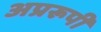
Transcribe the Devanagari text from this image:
अप्ररूपी